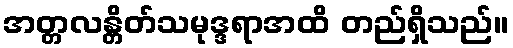
အတ္တလန္တိတ်သမုဒ္ဒရာအထိ တည်ရှိသည်။